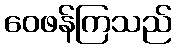
ဝေဖန်ကြသည်